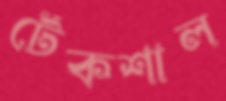
টেঁকশাল